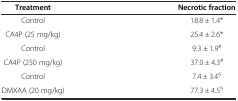
<table><thead><tr><td><b>Treatment</b></td><td><b>Necrotic fraction</b></td></tr></thead><tbody><tr><td>Control</td><td>18.8 ± 1.4*</td></tr><tr><td>CA4P (25 mg/kg)</td><td>25.4 ± 2.6*</td></tr><tr><td>Control</td><td>9.3 ± 1.9<sup>#</sup></td></tr><tr><td>CA4P (250 mg/kg)</td><td>37.0 ± 4.3<sup>#</sup></td></tr><tr><td>Control</td><td>7.4 ± 3.4<sup>§</sup></td></tr><tr><td>DMXAA (20 mg/kg)</td><td>77.3 ± 4.5<sup>§</sup></td></tr></tbody></table>